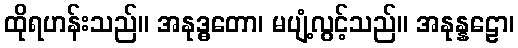
ထိုရဟန်းသည်။ အနုဒ္ဓတော၊ မပျံ့လွင့်သည်။ အနုန္နဠော၊